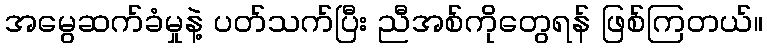
အမွေဆက်ခံမှုနဲ့ ပတ်သက်ပြီး ညီအစ်ကိုတွေရန် ဖြစ်ကြတယ်။